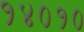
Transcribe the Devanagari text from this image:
१४०१०